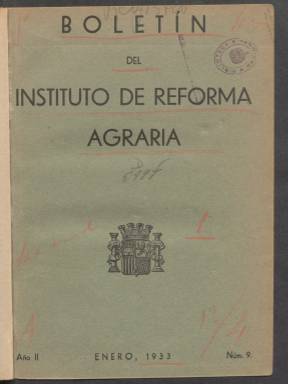
Título: Boletin del Instituto de Reforma Agraria
Colección: Agricultura y ganadería
Ámbito geográfico: Madrid
Lugar de publicación: Madrid
Fechas: 01/01/1933-30/06/1936